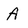
Character: A